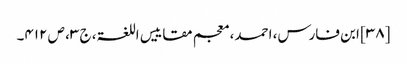
[۳۸] ابن فارس، احمد، معجم مقاییس اللغۃ، ج ۳، ص ۴۱۲۔